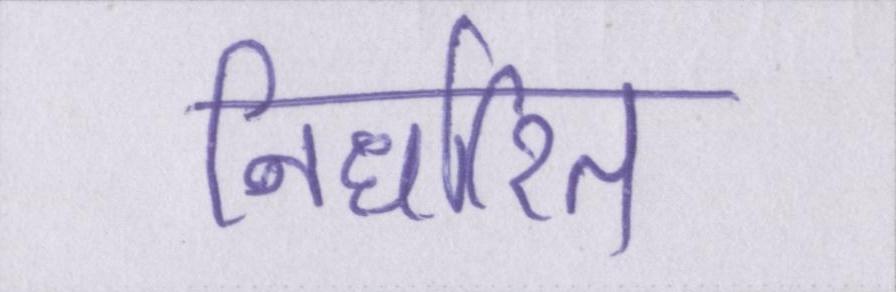
निर्धारित